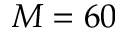
M = 6 0